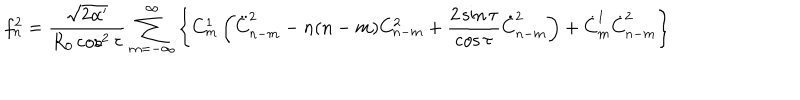
f _ { n } ^ { 2 } = \frac { \sqrt { 2 \alpha ^ { \prime } } } { R _ { 0 } \cos ^ { 2 } \tau } \sum _ { m = - \infty } ^ { \infty } \left\{ C _ { m } ^ { 1 } \left( \ddot { C } _ { n - m } ^ { 2 } - n ( n - m ) C _ { n - m } ^ { 2 } + \frac { 2 \sin \tau } { \cos \tau } \dot { C } _ { n - m } ^ { 2 } \right) + \dot { C } _ { m } ^ { 1 } \dot { C } _ { n - m } ^ { 2 } \right\}